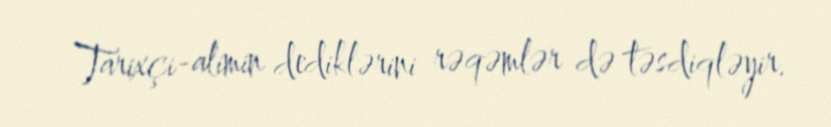
Tarixçi-alimin dediklərini rəqəmlər də təsdiqləyir.